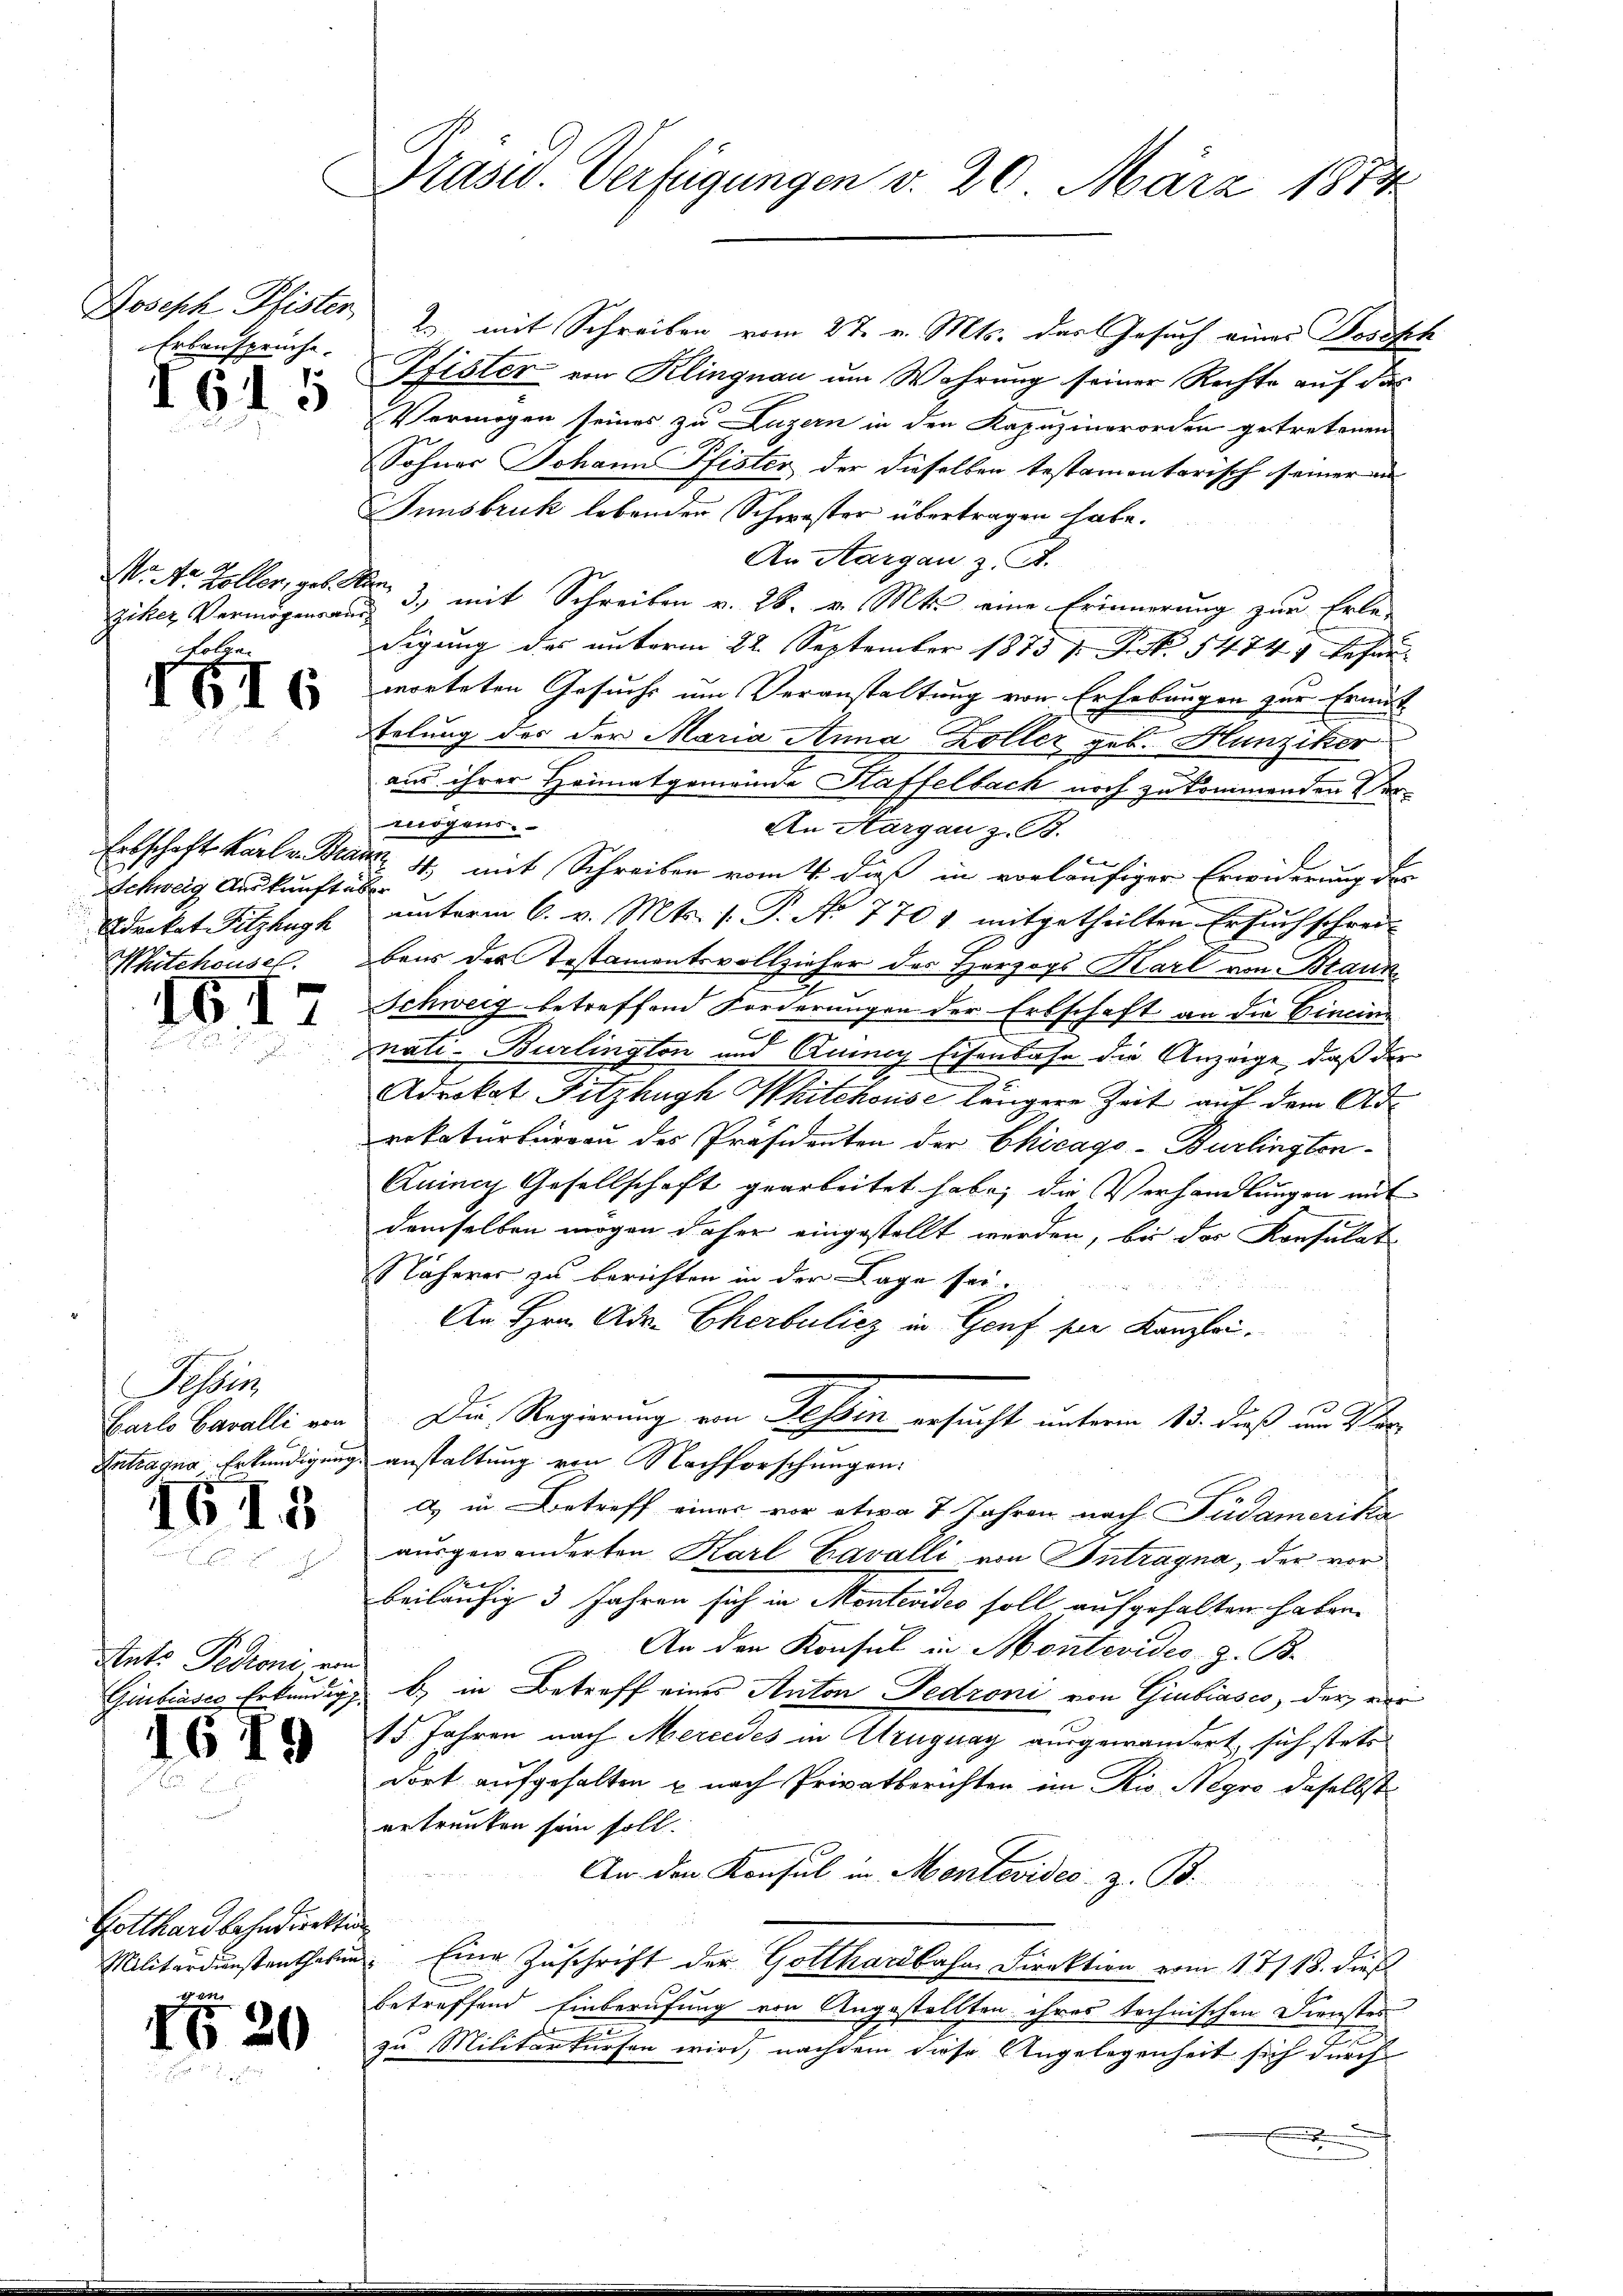
Erbansprüche.

IG15

No Nr. Zoller, geb. S.
ziker Vermögensaus¬
Folgen

IG6

Erbschaft Karl Bran
Schweig Auskunften
Advokat Pitzhugh
Mitchousel.

G17

Tessin
Barlo Cavalli von

IG I3

Ants Pedoni von
Giubiases Erkundigg.

1679

Gotthardbahndirekti

IG 20

Präsid. Verfügungen v. 20. März 1874

Joseph Pfister, 2 mit Schreiben vom 27. v. Mts. der Gesuch eines Bosssch
Pfister von Klingnau um Wahrung seiner Rechte auf das
Vermögen seines zu Luzern in den Kapuzinerorden getretenen
Sohner Johann Pfister der dieselben testamentarisch seineren
Innsbruk lebenden Schwester übertragen habe.
An Aargau z. A.
t
3., mit Schreiben v. 28. v. Mts. eine Erinnerung zur Erle-
digung des unterm 22. September 1875 7 Frk. 1474, befunworteten Gesuchs um Veranstaltung von Erhebungen zur Ermit
telung des der Maria Anna Zoller geb. Hunziker
aus ihrer Heimatgemeinde Kaffelbach noch zu kommenden Vermögens.
An Hargau z. B.
uwall
 4., mit Schreiben vom 4. dieß in vorläufiger Erwiderung der
Her
unterm 6. v. Mts. f. P. No 7701 mitgetheilten Ersuchschrei-
bens der Testamentsvollzieher des Herzogs Karl von Braun
Schweig betreffend Forderungen der Erbschaft an die Cincine
nati-Burlington und Ruiney Eisenbahn die Anzeige, daß der
Adrokat Fitzhagh Whitchouse längere Zeit auf dem Adrokaturbüreau des Präsidenten der Chicago-Burlington¬
Quine Gesellschaft gearbeitet habe; die Verhandlungen mit
demselben mögen daher eingestellt werden, bis das Konsulat
Näherer zu berichten in der Lage sei.
An Hrn. Adv. Cherbulicz in Genf per Kanzlei¬
Die Regierung von Tessin ersucht unterm 13. dieß um Vor¬
Antragna Erkundigung anstaltung von Nachforschungen:
d in Betreff eines vor etwa 7 Jahren nach Südamerika
ausgewänderten Karl Cavalli, von Intragna, der vor
e
beiläufig 3 Jahren sich in Montevideo soll aufgehalten haben.
An den Konsul in Montevides, z. B.
b) in Betreff eines Anton Fedroni von Giubiasco, der wir
15 Jahren nach Mercedes in Atruguay ausgewandert, sich stets
dort aufgehalten u nach Privatberichten in Rio Negro daselbst
getrunken sein soll.
An den Konsul in Mentevides. z. B.
Militärdunstenthoben. Eine Zuschrift der Gotthardbahne Direktion vom 17/18. dieß
betreffend Einberufung von Angestellten ihres technischen Dienstes
zu Militärkursen wird, nachdem diese Angelegenheit sich durch